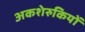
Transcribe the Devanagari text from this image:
अकशेरुकियों